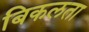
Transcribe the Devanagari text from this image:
बिकलता